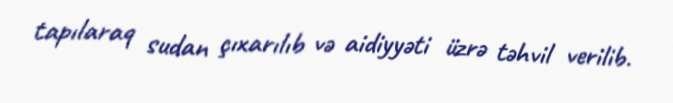
tapılaraq sudan çıxarılıb və aidiyyəti üzrə təhvil verilib.